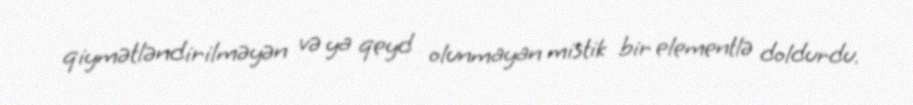
qiymətləndirilməyən və ya qeyd olunmayan mistik bir elementlə doldurdu.